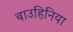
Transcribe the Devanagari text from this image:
बाउहिनिया